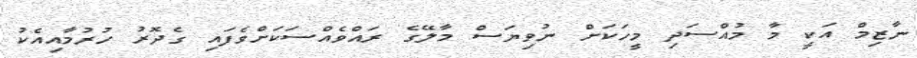
ނާޒިމް އަކީ މާ މުއްސަދި މީހަކަށް ނުވިޔަސް މާލޭގެ ރައްވެއްސަކަށްވެފައި ގެދޮރު ހުރުމާއިއެކު